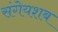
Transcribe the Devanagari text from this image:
संगेयशब